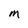
Character: M